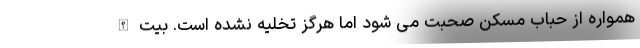
همواره از حباب مسکن صحبت می شود اما هرگز تخلیه نشده است. بیت الله